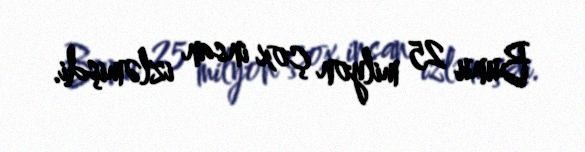
Bunu 25 milyon çox insan izləmişdi.